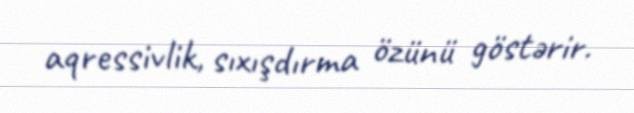
aqressivlik, sıxışdırma özünü göstərir.